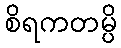
စိရကတမ္ပိ